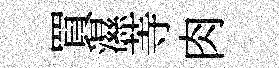
買濕䓁肉